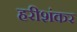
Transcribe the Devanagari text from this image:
हरीशंकर